Lunatic asylums Punjab 1868-1880 - 1868-1880
Year: 1868
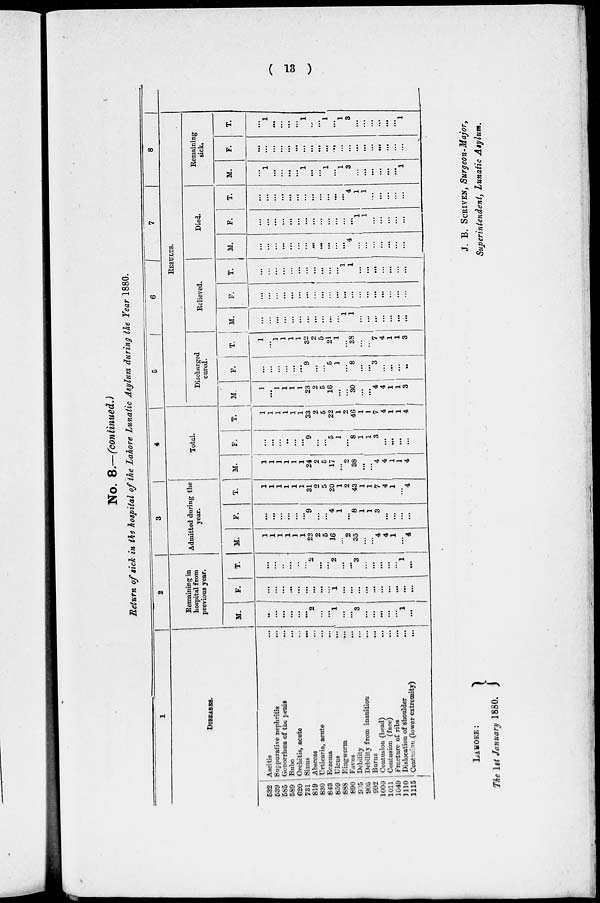
( 13 )
No. 8.—(continued.)
Return of sick in the hospital of the Lahore Lunatic Asylum during the Year 1880.
1
DISEASES.
532
539
585
589
620
731
819
830
843
859
888
890
905
905
992
1000
1011
1049
1110
1115
Ascitis ...
Suppurative nephritis ...
Gonorrhœa of the penis ...
Bubo
...
Orchitis, acute
...
Sinus ...
Abscess ...
Urticaria, acute ...
Eczema ...
Ulcus
...
Ringworm
...
Favos ...
Debility ...
Debility from inanition
...
Burns ...
Contusion (head) ...
Contusion (face)
...
Fracture of ribs ...
Dislocation of shoulder ...
Contusion (lower extremity) ...
2
Remaining in
hospital from
previous year.
M.
...
...
...
...
...
...
2
...
...
1
...
...
3
...
...
...
...
...
1
...
F.
...
...
...
...
...
...
...
...
...
1
...
...
...
...
...
...
...
...
...
...
T.
...
...
...
...
...
...
2
...
...
2
...
...
3
...
...
...
...
...
1
...
3
Admitted during the
year.
M.
1
1
1
1
1
1
22
2
5
16
...
2
35
...
...
4
4
1
...
4
F.
...
...
...
...
...
...
9
...
...
4
1
...
8
1
1
3
...
...
...
...
T.
1
1
1
1
1
1
31
2
5
20
1
2
43
1
1
7
4
1
...
4
4
Total.
M.
1
1
1
1
1
1
24
2
5
17
...
2
38
...
...
4
4
1
1
4
F.
...
...
...
...
...
...
9
...
...
5
1
...
8
1
1
3
...
...
...
...
T.
1
1
1
1
1
1
33
2
5
22
1
2
46
1
1
7
4
1
1
4
5
6
7
8
RESULRS.
Discharged
cured.
M.
1
...
1
1
1
1
23
2
5
16
...
...
30
...
...
4
4
1
1
3
F.
...
...
...
...
...
...
9
...
...
5
1
...
8
...
...
3
...
...
...
...
T.
1
...
1
1
1
1
32
2
5
21
1
...
38
...
...
7
4
1
1
3
Relieved.
M.
...
...
...
...
...
...
...
...
...
...
...
1
1
...
...
...
...
...
...
...
F.
...
...
...
...
...
...
...
...
...
...
...
...
...
...
...
...
...
...
...
...
T.
...
...
...
...
...
...
...
...
...
...
...
1
1
...
...
...
...
...
...
...
Died.
M.
...
...
...
...
...
...
...
...
...
...
...
...
4
...
...
...
...
...
...
...
F.
...
...
...
...
...
...
...
...
...
...
...
...
...
1
1
...
...
...
...
...
T.
...
...
...
...
...
...
...
...
...
...
...
...
4
1
1
...
...
...
...
...
Remaining
sick.
M.
...
1
...
...
...
...
1
...
...
1
...
1
3
...
...
...
...
...
...
1
F.
...
...
...
...
...
...
...
...
...
...
...
...
...
...
...
...
...
...
...
...
T.
...
1
...
...
...
...
1
...
...
1
...
1
3
...
...
...
...
...
...
1
LAHORE :
The 1st January 1880.
J. B. SCRIVEN, Surgeon-Major,
Superintendent, Lunatic Asylum.